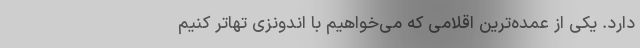
دارد. یکی از عمده‌ترین اقلامی که می‌خواهیم با اندونزی تهاتر کنیم